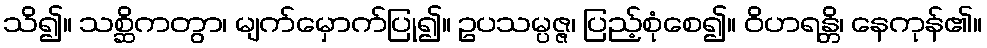
သိ၍။ သစ္ဆိကတွာ၊ မျက်မှောက်ပြု၍။ ဥပသမ္ပဇ္ဇ၊ ပြည့်စုံစေ၍။ ဝိဟရန္တိ၊ နေကုန်၏။